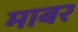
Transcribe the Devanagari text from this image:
माबर